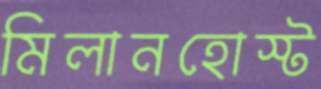
মিলানহোস্ট